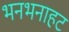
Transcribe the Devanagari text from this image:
भनभनाहट